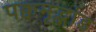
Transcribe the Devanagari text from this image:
पक्वमृद्भांड